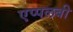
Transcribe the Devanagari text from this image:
एप्पलबी